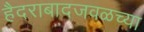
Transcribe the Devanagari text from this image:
हैदराबादजवळच्या